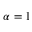
\alpha = 1